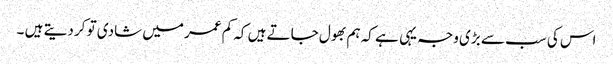
اس کی سب سے بڑی وجہ یہی ہے کہ ہم بھول جاتے ہیں کہ کم عمر میں شادی تو کر دیتے ہیں ۔